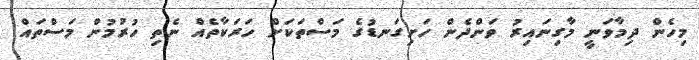
މިހެން ދިމާވަނީ މާގިނައިރު ވަންދެން ހަށިގަނޑުގެ މަސްތަކަށް ހަރަކާތެއް ނެތި ހުރުމުން މަސްތައް